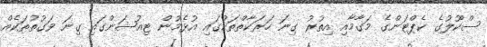
ސްކޫލުގެ ކެޕްޓަންގެ މަގާމާއި އިތުރު ގިނަ ހަރަކާތްތަކުގައި އުޅެމުން ޓިއުޝަންގައި ގިނަ ވަގުތުތަކެއް